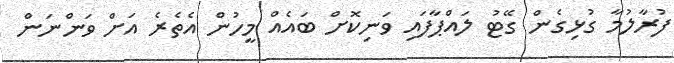
ފުރާލުމާ ގުޅިގެން ގޭޓު ލައްޕާފައި ވަނިކޮށް ބައެއް މީހުން އެތެރެ އަށް ވަންނަން